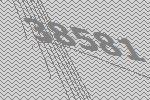
38581